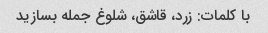
با کلمات: زرد، قاشق، شلوغ جمله بسازید